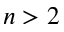
n > 2